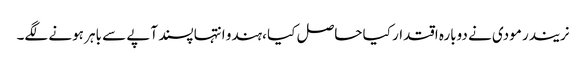
نریندر مودی نے دوبارہ اقتدار کیا حاصل کیا ،ہندو انتہا پسند آپے سے باہر ہونے لگے۔